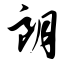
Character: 朗